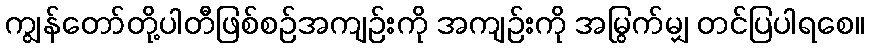
ကျွန်တော်တို့ပါတီဖြစ်စဉ်အကျဉ်းကို အကျဉ်းကို အမြွက်မျှ တင်ပြပါရစေ။